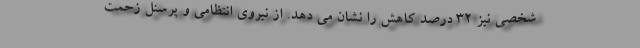
شخصی نیز ۳۲ درصد کاهش را نشان می دهد. از نیروی انتظامی و پرسنل زحمت